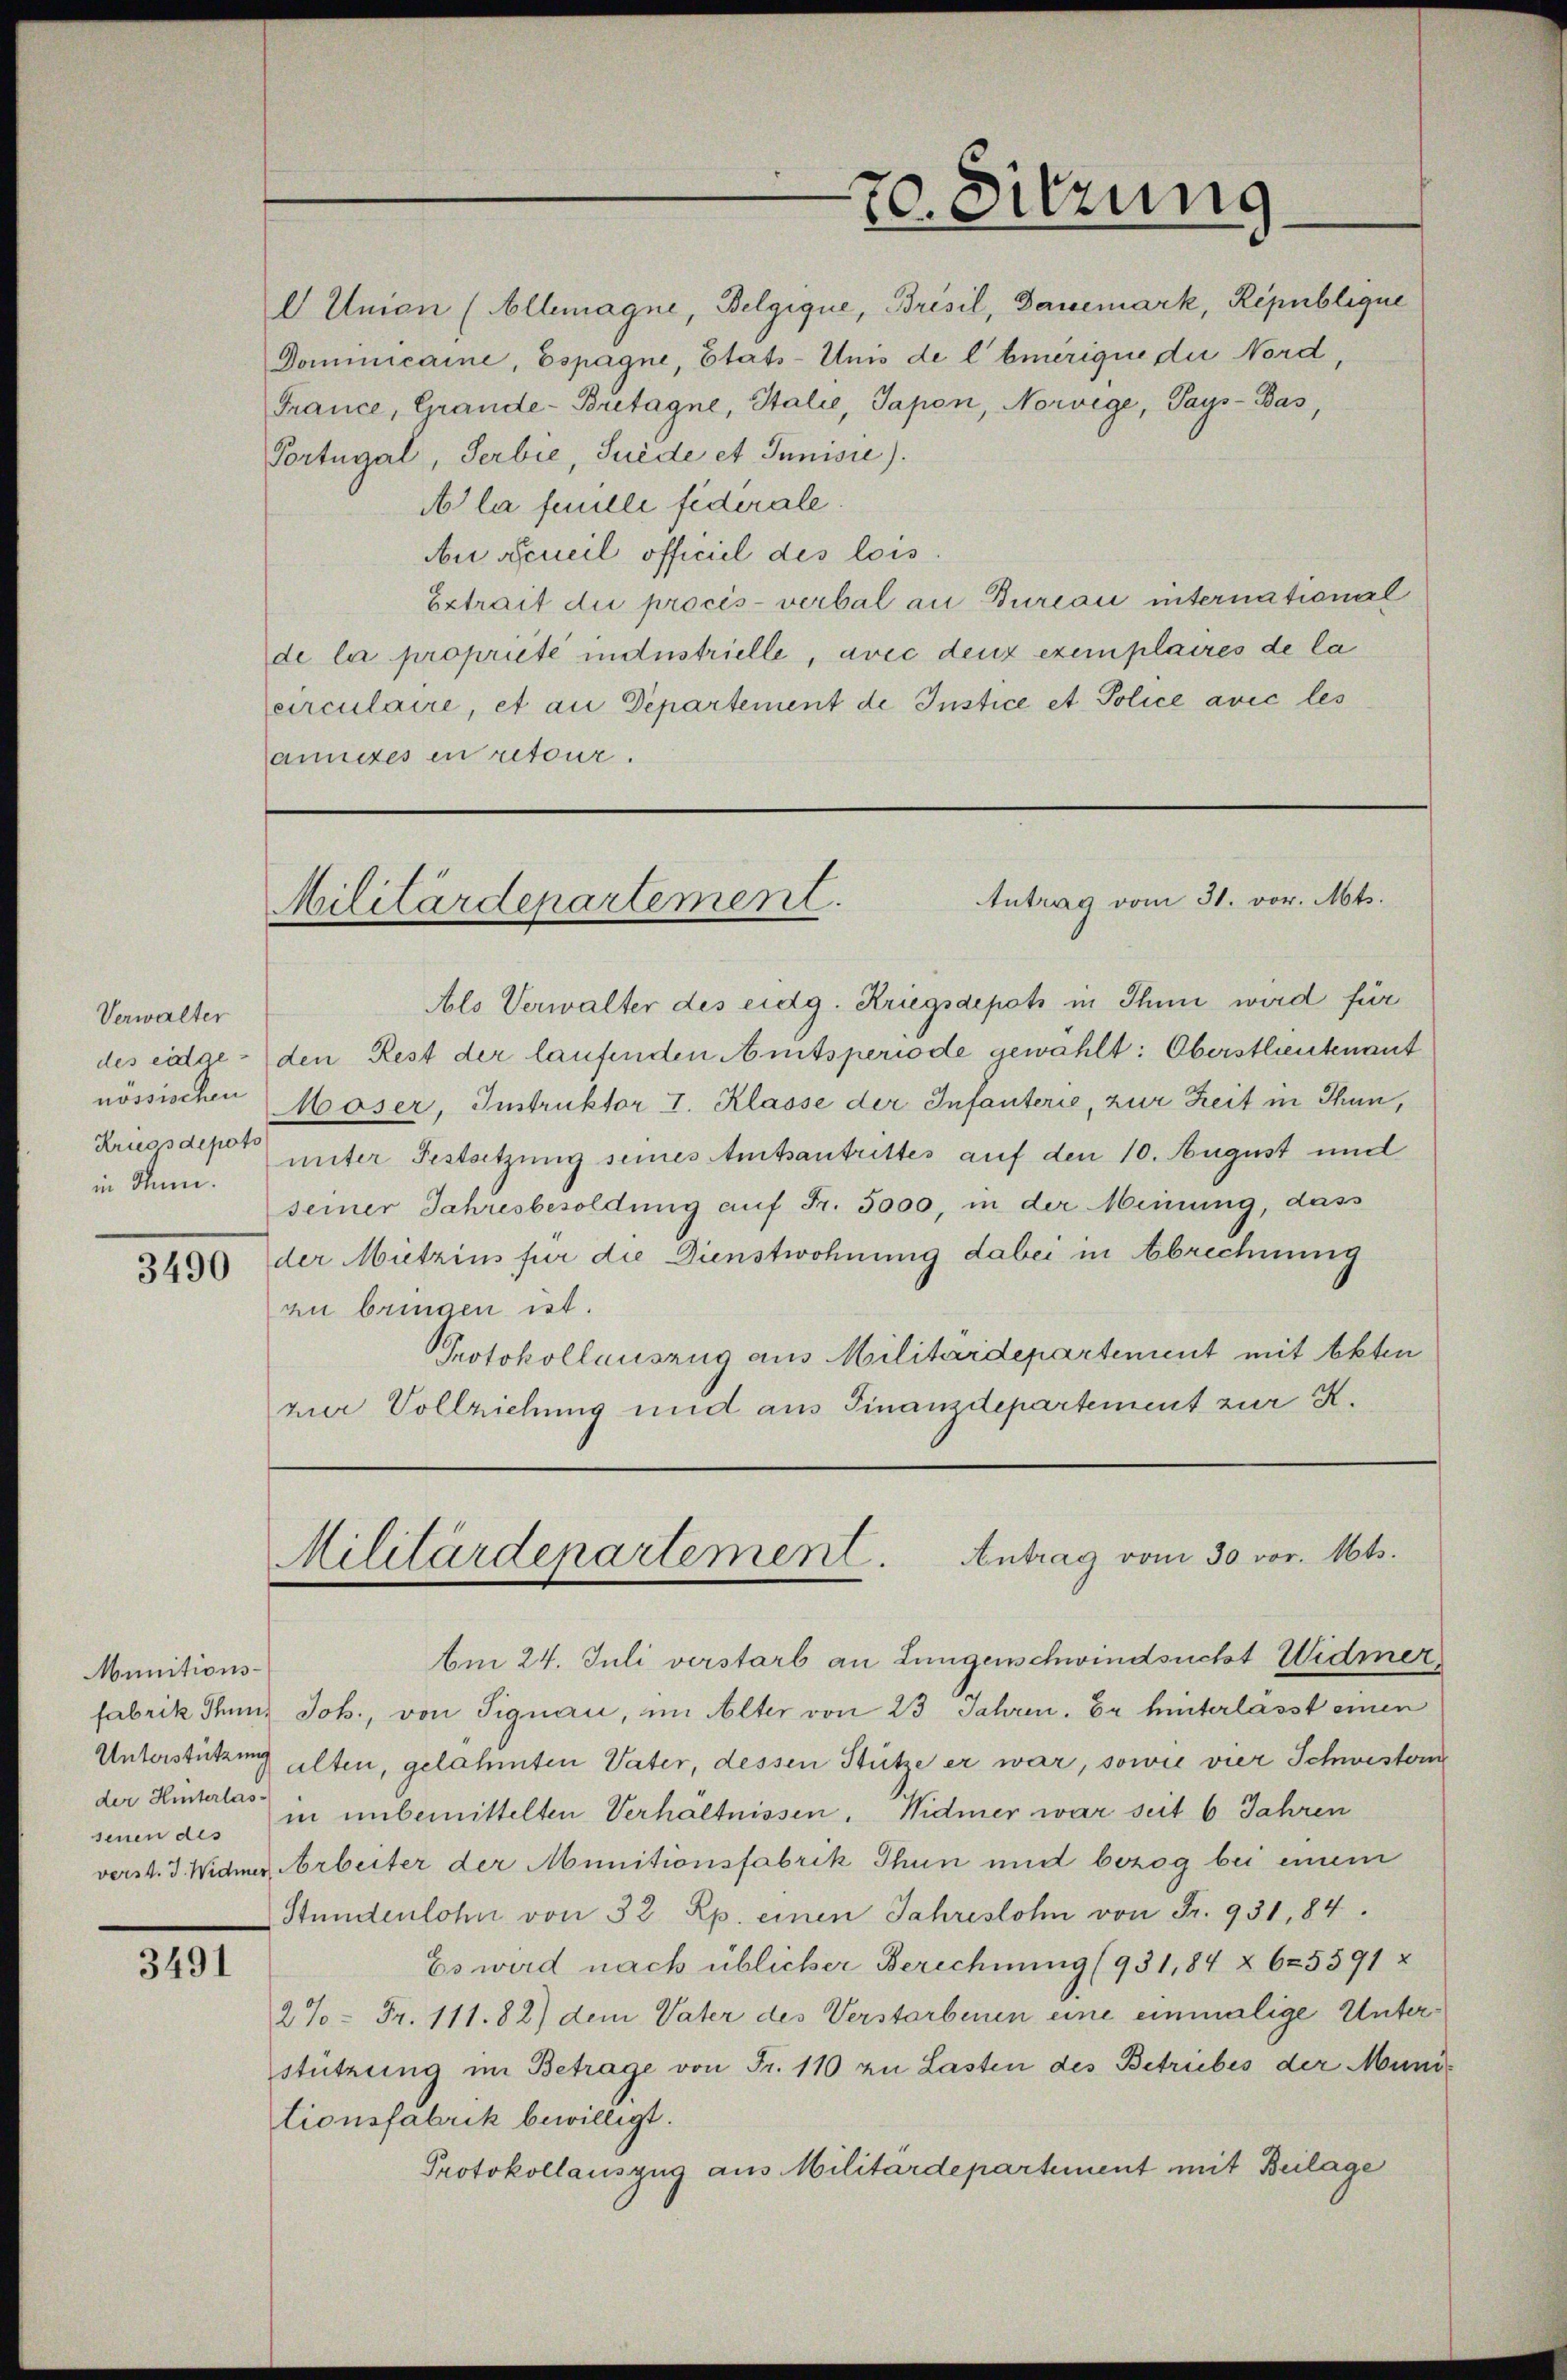
Verwalter
in Jun.

Munitionsder Hinterlas¬

3491

l) Unien (Allemagne, Belgique, Brisil, Danemark, Republique
Dominicaine, Espagne, Etats-Unis de l’Emerique die Nord,
France, Grande-Bretagne, Stalie, Sapon, Norwege, Pays-Bas,
Portugal, Serbie, Suede et Junisie).
A la faulle fiderale
Au Acueil officiel des lois
Extrait die procès-verbal an Bureau international
de la propriété industrielle, avec denz exemplaires de la
circulaire, et an Departement de Instice et. Police avić les
annites en retour.
Als Verwalter des eidg. Kriegsdepots in Ihn wird für
des eidge - den Rest der laufenden Amtsperiode gewählt: Oberstleutenant
nössischen Moser, Instruktor I. Klasse der Infanterie, zur Zeit in Thun,
Kriegsdepor unter Gestützung seines Amtsantrittes auf den 10. August und
seiner Jahresbesoldung auf Fr. 5000, in der Meinung, dass
3406 der Mietzins für die Dienstwohnung dabei in Abrechnung
zu bringen ist.
Protokollauszug aus Militärdepartement mit Akten
zier Vollziehung und aus Finanzdepartement zur K.
Militärdepartement. Antrag vom 30. vor. Mts.
Am 24. Juli verstarb an Lungenschwindsucht Widmer,
fabrik Tunz Joh., von Signau, im Alter von 23 Jahren. Er hinterlässt einen
Unterstützung alten, gelähmten Vater, dessen Stütze er war, sowie vier Schwestern
senen des in unbemittelten Verhältnissen. Widmer war seit 6 Jahren
verst. J. Widmer Arbeiter der Munitionsfabrik Thun und bezog bei einem
Stundenlohn von 32 Rp. einen Jahreslohn von Fr. 931,84.
Es wird nach üblicher Berechnung (931,84 § 625591 x
2% = Fr. 111.82) dem Vater des Verstorbenen eine einmalige Unterstützung im Betrage von Fr. 110 zu Lasten des Betriebes der Munitionsfabrik bewilligt.
Protokollauszug aus Militärdepartement mit Beilage

—
70. Sitzung

Antrag vom 31. vor. Mts.
Militärdepartement.